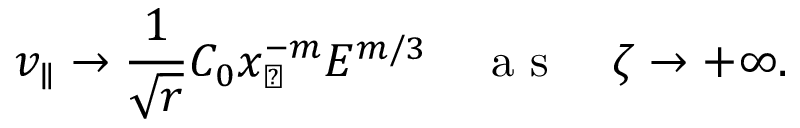
v _ { \parallel } \rightarrow \frac { 1 } { \sqrt { r } } C _ { 0 } x _ { \perp } ^ { - m } E ^ { m / 3 } \quad \mathrm { ~ a ~ s ~ } \quad \zeta \rightarrow + \infty .